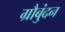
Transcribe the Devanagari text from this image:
ग्रौबुंदन